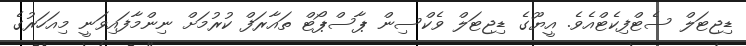
ޑިޖިޓަލް ސެޓްފިކެޓްއެވެ. އީޔޫގެ ޑިޖިޓަލް ވެކްސިން ޕާސްޕޯޓް ތައާރަފް ކުރުމަށް ނިންމާފައިވަނީ މިއަހަރުގެ